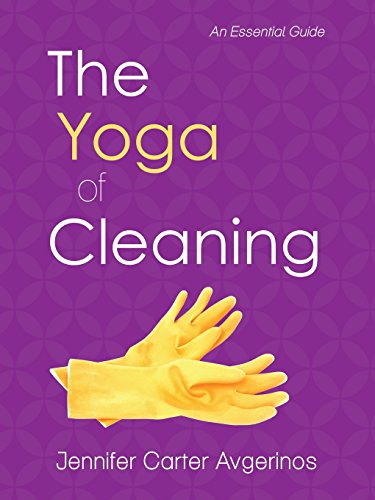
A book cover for The Yoga of Cleaning: An Essential Guide; Jennifer Carter Avgerinos; Religion & Spirituality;